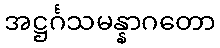
အဋ္ဌင်္ဂသမန္နာဂတော